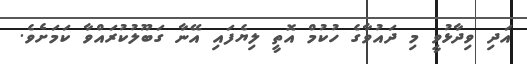
އަދި ވިދާޅުވީ މި ދައުވާގެ ހުކުމް އޮތީ ލިޔެފައި އޭނާ ގަބޫލުކުރައްވާ ކަމަށެވެ.